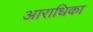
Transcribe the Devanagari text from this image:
आराधिका